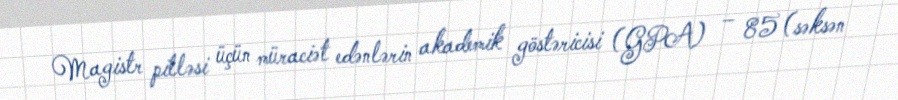
Magistr pilləsi üçün müraciət edənlərin akademik göstəricisi (GPA) – 85 (səksən